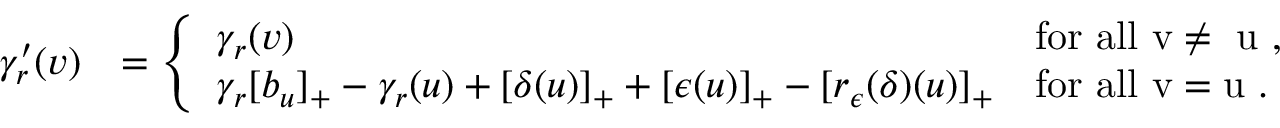
\begin{array} { r l } { \gamma _ { r } ^ { \prime } ( v ) } & { = \left\{ \begin{array} { l l } { \gamma _ { r } ( v ) } & { \mathrm { f o r ~ a l l ~ v \neq ~ u ~ } , } \\ { \gamma _ { r } [ b _ { u } ] _ { + } - \gamma _ { r } ( u ) + [ \delta ( u ) ] _ { + } + [ { \epsilon } ( u ) ] _ { + } - [ r _ { \epsilon } ( \delta ) ( u ) ] _ { + } } & { \mathrm { f o r ~ a l l ~ v = u ~ } . } \end{array} \right. } \end{array}